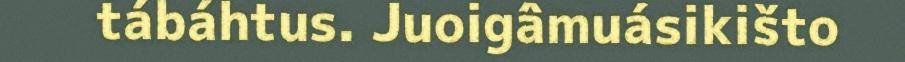
tábáhtus. Juoigâmuásikišto